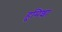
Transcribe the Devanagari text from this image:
हुमिशा